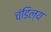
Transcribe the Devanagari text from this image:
चंडिल्य